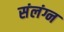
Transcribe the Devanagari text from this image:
संलंग्न